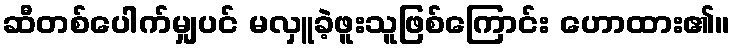
ဆီတစ်ပေါက်မျှပင် မလှူခဲ့ဖူးသူဖြစ်ကြောင်း ဟောထား၏။